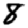
Digit: 8